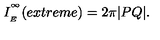
I _ { \phantom { } _ { E } } ^ { \phantom { } ^ { \infty } } ( e x t r e m e ) = 2 \pi | P Q | .